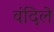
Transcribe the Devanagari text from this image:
वंदिले